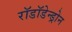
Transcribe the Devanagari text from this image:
रॉडॉडेन्ड्रोन